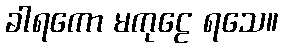
ခါရကော မကုဠေ ရသေ။